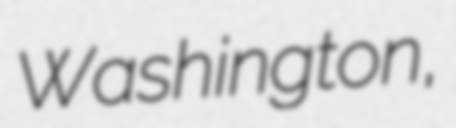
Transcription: Washington,